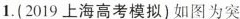
1.(2019上海高考模拟)如图为突